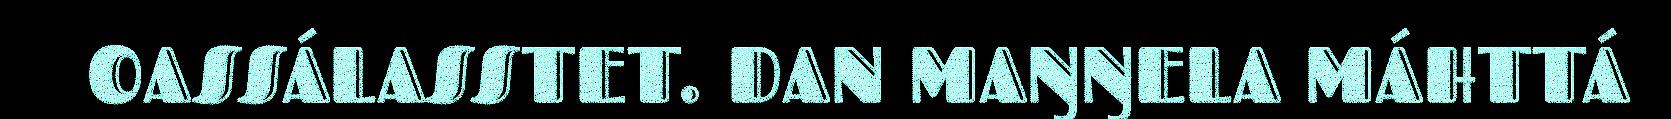
OASSÁLASSTET. DAN MAŊŊELA MÁHTTÁ